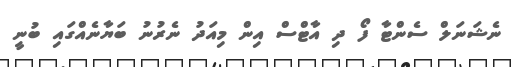
ނެޝަނަލް ސެންޓާ ފޯ ދި އާޓްސް އިން މިއަދު ނެރުނު ބަޔާނެއްގައި ބުނީ